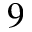
9